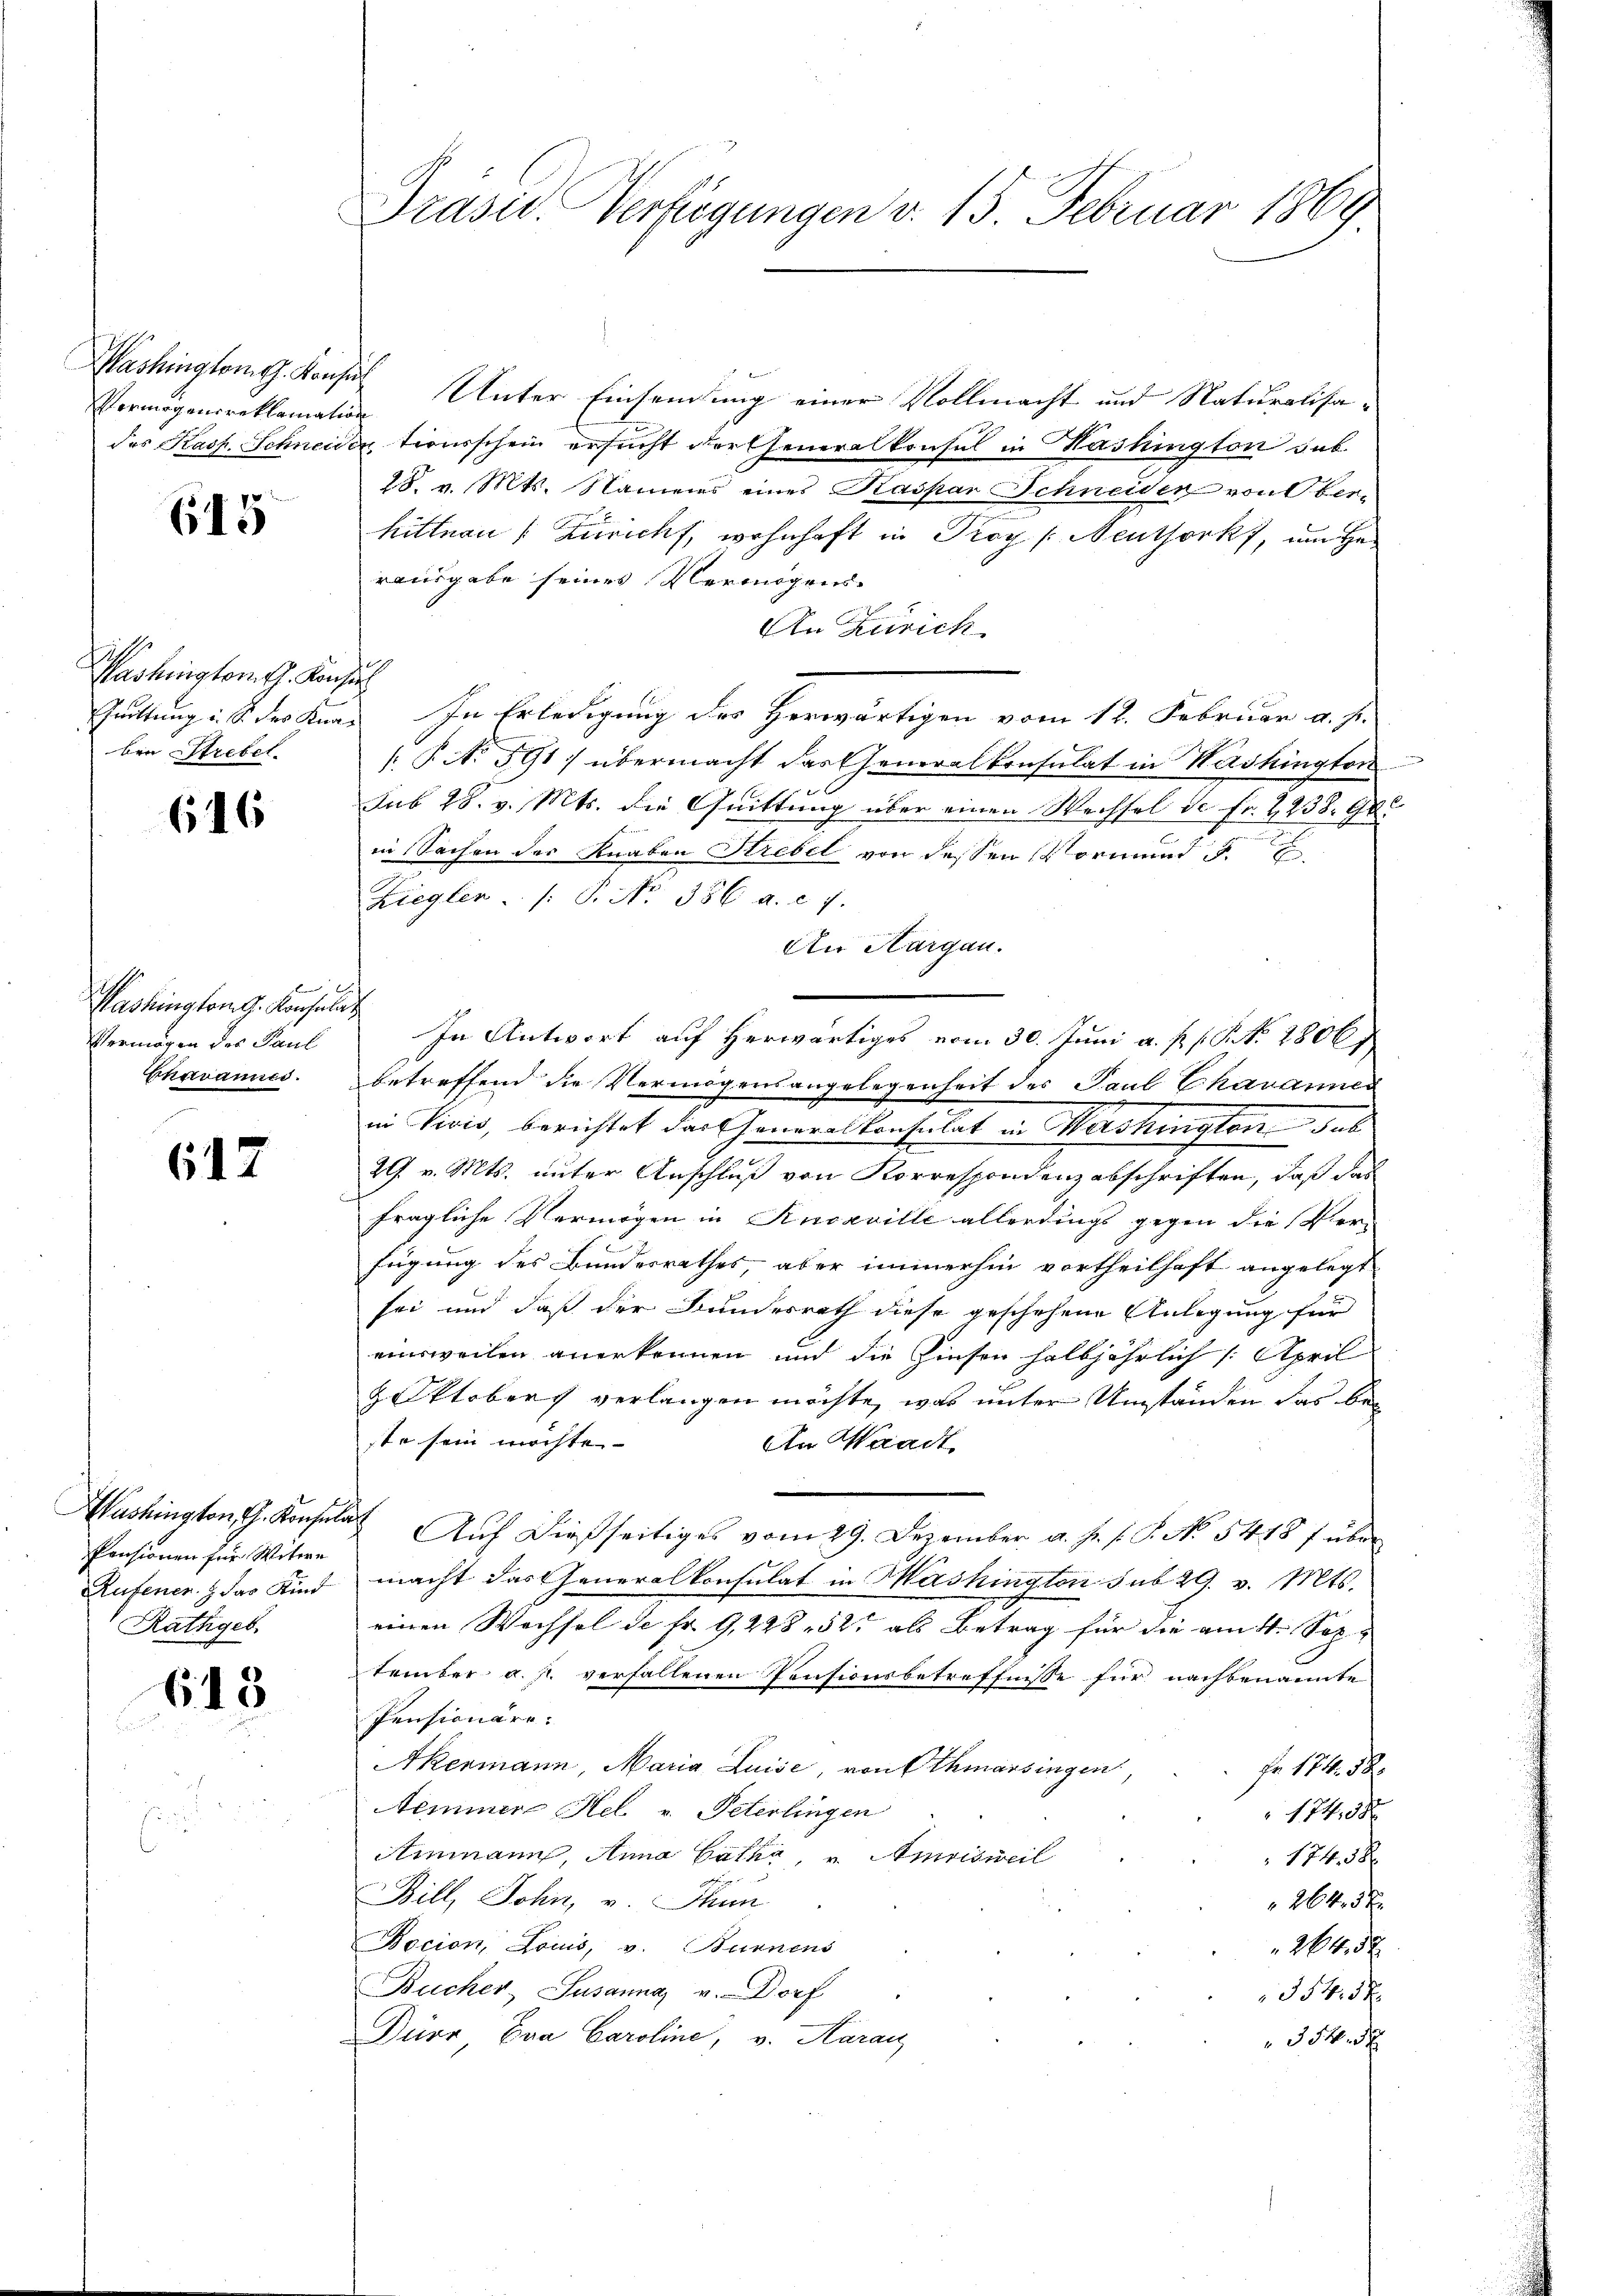
Vermögensreklamation

645

Washington Th. Konsin
ben Strebel.

616

ben
Pashington G. Konsulat
Vermögen des Paul

617

Pensionen für Witwe
Rufenen & das Kind
Rathgeb

613

Präsid. Verfügungen v. 15. Februar 1869.

Washingtont. Konsul Unter Einsendung einer Vollmacht und Naturalisades Kasp. Schneidentionsschein ersucht der Generalkonsul in Washington sub.
18. v. Mts. Namens eines Kaspar Schneiden von Oberhittnau (Züricht, wohnhaft in Proy (Neuthork, um He
rausgabe seines Vermögens-
An Zürich
Suittung in der Kund. In Erledigung der Herwärtigen vom 12. Februar a. s.
P No 591) übermacht das Generalkonsulat in Washington
Sub 28. v. Mts. die Quittung über einen Wechsel de Fr. 2238. 900
in Sachen des Knaben Strebel von dessen Vormund 5.
Ziegler ./. P. Nr. 386 a. c. 1.
An Aargau.
In Antwort auf herwärtiges vom 30. Juni a. p. p. P. Nr. 2806
Chavannes. betreffend die Vermögensangelegenheit des Paul Chavannes
in Vivis, berichtet das Generalkonsulat in Wershingten das
29. v. Mts. unter Anschluß von Korrespondenz abschriften, daß das
fragliche Vermögen in Knoaville allerdings gegen die Ver-
frigung des Bundesrathes, aber immerhin vortheilhaft angelegt
sei und daß der Bundesrath diese geschehene Anlegung für
einsweilen anerkennen und die Zinsen halbjährlich /: April
H.Oktobers verlangen möchte, was unter Umständen das bei
ste sein möchte.
An Waadt,
Washington, G. Konsula Aŭf dießseitiges vom 29. Dezember a. h. s. P. No 5418 f über
macht das Generalkonsulat in Mashington sub 29. v. Mts.
einen Wechsel de fr. 9, 228. 321 als Betrag für die am 4. Sep
tember a. p. verfallenen Pensionsbetreffnisse für nachbenannte
Pensionäre.
Akermann, Maria Luise, von Othmarsingen
Fr. 174. 58.
Neminer Hel v. Peterlingen
174. 58
Ammann, Anna Catha, u. Amrisweil
174. 58
Bill, John, v. Thun
2645 x
Bocion, Louis, v. Burnens
264,5 x
Bucher, Susanna u. Dorf
3545 x
Dürr Eva Caroline, v. Aarau
354.